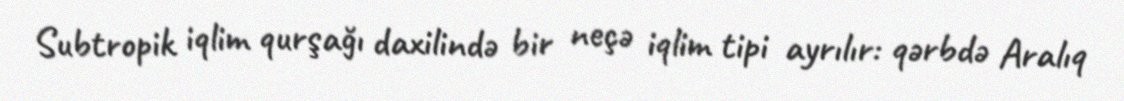
Subtropik iqlim qurşağı daxilində bir neçə iqlim tipi ayrılır: qərbdə Aralıq